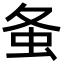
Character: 𧈸